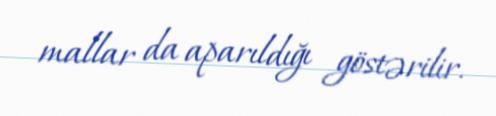
mallar da aparıldığı göstərilir.